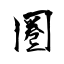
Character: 圏